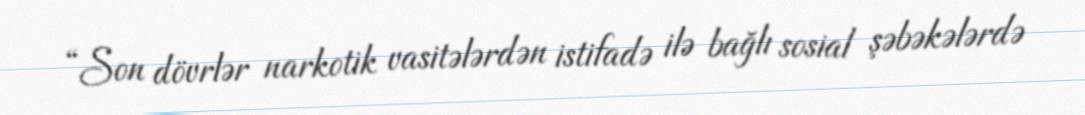
“Son dövrlər narkotik vasitələrdən istifadə ilə bağlı sosial şəbəkələrdə